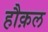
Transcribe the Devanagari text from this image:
हौक़ल